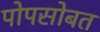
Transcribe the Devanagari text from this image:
पोपसोबत